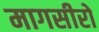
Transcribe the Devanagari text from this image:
मागसीरो